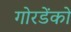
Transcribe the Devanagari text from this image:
गोरडेंको